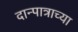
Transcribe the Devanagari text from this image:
दान्पात्राच्या